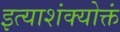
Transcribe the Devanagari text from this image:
इत्याशंक्योक्तं